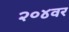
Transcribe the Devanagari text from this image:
२०४वर